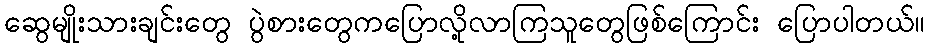
ဆွေမျိုးသားချင်းတွေ ပွဲစားတွေကပြောလို့လာကြသူတွေဖြစ်ကြောင်း ပြောပါတယ်။